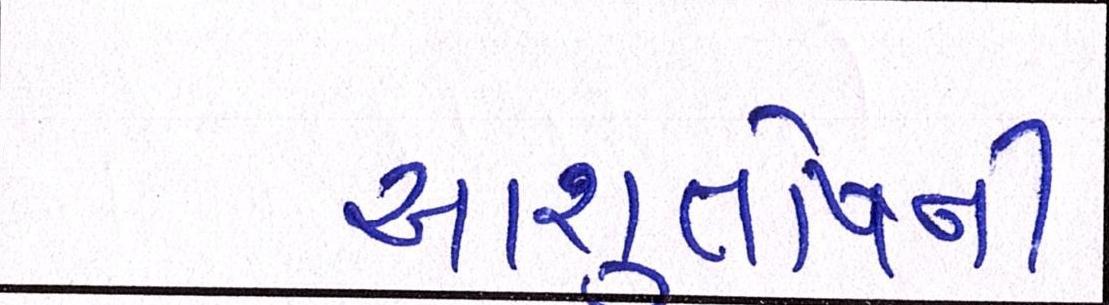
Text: આશુતોષની